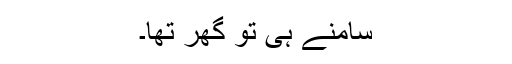
سامنے ہی تو گھر تھا۔